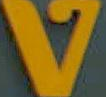
V